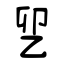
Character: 乮